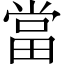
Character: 當